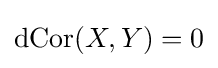
\operatorname {dCor} (X,Y)=0